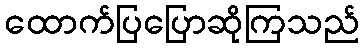
ထောက်ပြပြောဆိုကြသည်